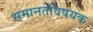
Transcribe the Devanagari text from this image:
समानतेविषयक